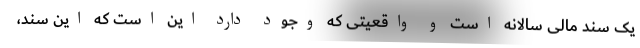
یک سند مالی سالانه است و واقعیتی که وجود دارد این است که این سند،